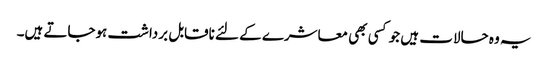
یہ وہ حالات ہیں جو کسی بھی معاشرے کے لئے ناقابل برداشت ہوجاتے ہیں۔